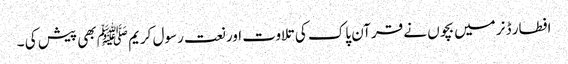
افطار ڈنر میں بچوں نے قرآن پاک کی تلاوت اور نعت رسول کریم ﷺ بھی پیش کی ۔